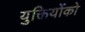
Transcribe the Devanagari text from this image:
युक्तियोंको